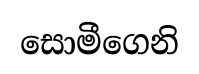
සොමීගෙනි